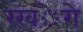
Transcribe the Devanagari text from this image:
रखंेगे